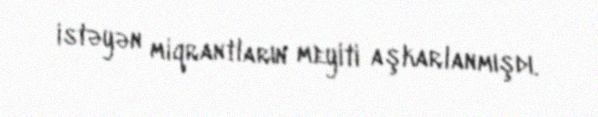
istəyən miqrantların meyiti aşkarlanmışdı.